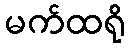
မက်ထရို